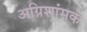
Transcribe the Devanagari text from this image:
अग्निशांमक